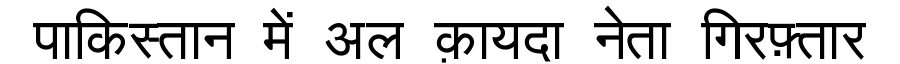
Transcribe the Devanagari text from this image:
पाकिस्तान में अल क़ायदा नेता गिरफ़्तार